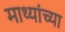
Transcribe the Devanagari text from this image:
माथ्यांच्या